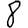
Digit: 8